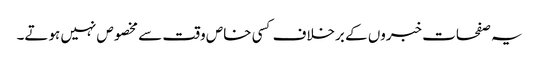
یہ صفحات خبروں کے برخلاف کسی خاص وقت سے مخصوص نہیں ہوتے۔